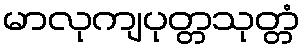
မာလုကျပုတ္တသုတ္တံ